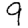
Digit: 9